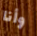
وأنا